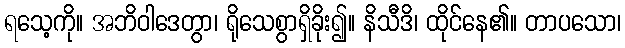
ရသေ့ကို။ အဘိဝါဒေတွာ၊ ရိုသေစွာရှိခိုး၍။ နိသီဒိ၊ ထိုင်နေ၏။ တာပသော၊